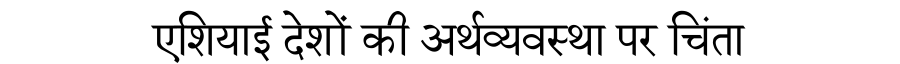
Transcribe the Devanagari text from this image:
एशियाई देशों की अर्थव्यवस्था पर चिंता